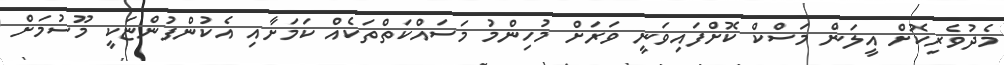
މެދުވެރިކޮށް އީލަން މަސްކް ކޮށްފައިވަނީ ވަރަށް މުހިންމު މަސައްކަތްތަކެއް ކަމަށާއި އެކުންފުންޏަކީ މޫސުމަށް